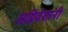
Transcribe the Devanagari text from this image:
अग्निवेशांनी